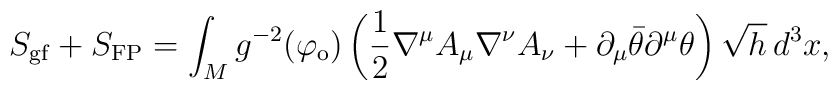
S_{\rm gf}+S_{\rm FP}=\int_M g^{-2}(\varphi_{\rm o})    \left   (\frac{1}{2}\nabla^\mu A_\mu\nabla^\nu A_\nu    +\partial_\mu\bar{\theta}\partial^\mu\theta\right)    \sqrt{h}\,d^3x,